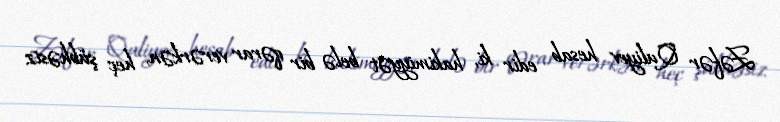
Zəfər Quliyev hesab edir ki, hakimiyyət belə bir qərar verərkən, heç şübhəsiz